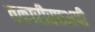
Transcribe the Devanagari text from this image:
तकारीरछअपी